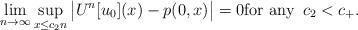
LaTeX: \begin{align*}\lim_{n\to\infty} \sup_{x\leq c_2n} \big|U^n[u_0](x)-p(0,x)\big|=0\hbox{for any } \,c_2< c_+.\end{align*}